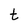
Character: t